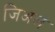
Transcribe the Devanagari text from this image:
जिअल